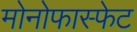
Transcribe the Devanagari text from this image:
मोनोफास्फेट